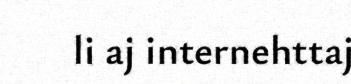
li aj internehttaj